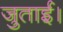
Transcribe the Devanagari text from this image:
जुताई।